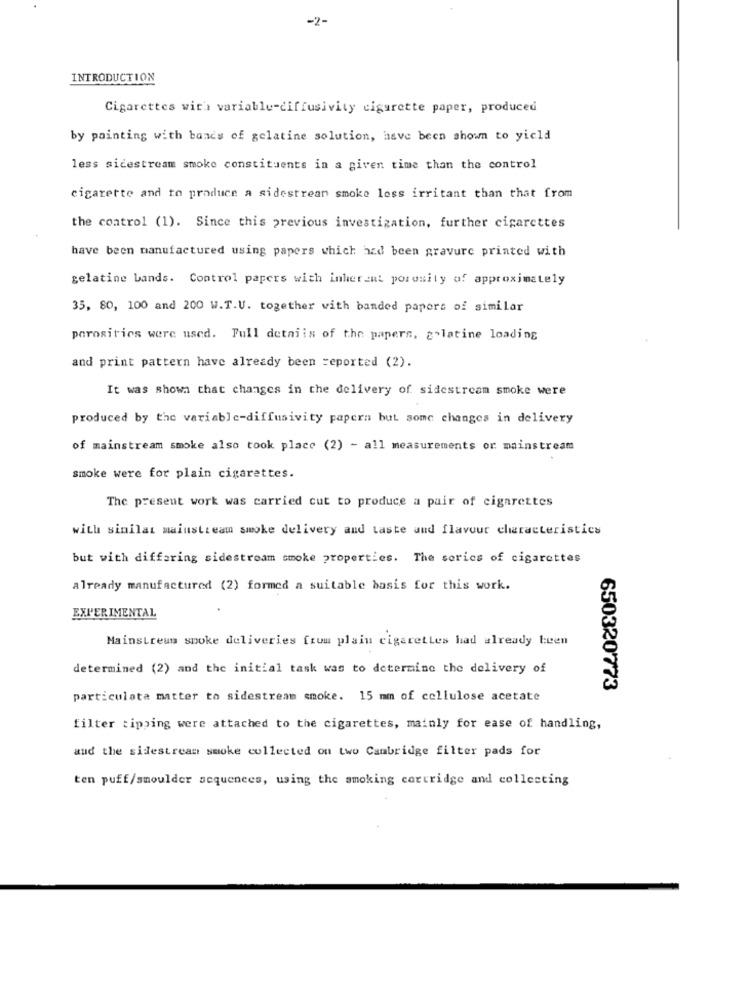
-2-
INTRODUCTION
Cigarettes with variable-diffusivity cigarette paper, produced
by painting with bands of gelatine solution, have been shown to yield
less sicestream smoke constituents in a given time than the control
cigarette and to produce a sidestrean smoke less irritant than that from
the control (1). Since this previous investigation, further cigarettes
have been manufactured using papers which had been gravure printed with
gelatine bands. Control papers with inherent porosity of approximately
35, 80, 100 and 200 W.T.U. together with banded papers of similar
porositics were used. Full details of the papers, g"latine loading
and print pattern have already been =eported (2).
It was shown that changes in the delivery of sidestream smoke were
produced by the variable-diffusivity papers but some changes in delivery
of mainstream smoke also took place (2) - all measurements or mainstream
smoke were for plain cigarettes.
The present work was carried cut to produce a pair of cigarettes
with similar mainstream smoke delivery and taste and flavour characteristics
but with differing sidestream smoke properties. The series of cigarettes
already manufactured (2) formed a suitable basis for this work.
EXPERIMENTAL
Mainstream spoke deliveries from plain cigarettes had already been
determined (2) and the initial task was to determine the delivery of
650320773
particulata matter to sidestream smoke. 15 mm of cellulose acetate
filter tipping were attached to the cigarettes, mainly for ease of handling,
and the sidestream smoke collected on two Cambridge filter pads for
ten puff/smoulder sequences, using the smoking cartridge and collecting